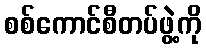
စစ်ကောင်စီတပ်ဖွဲ့ကို